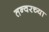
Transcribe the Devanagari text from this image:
तन्वरच्या